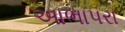
આભાપરા